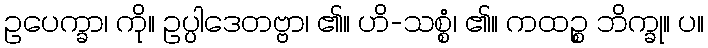
ဥပေက္ခာ၊ ကို။ ဥပ္ပါဒေတဗ္ဗာ၊ ၏။ ဟိ-သစ္စံ၊ ၏။ ကထဉ္စ ဘိက္ခု။ ပ။